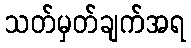
သတ်မှတ်ချက်အရ